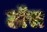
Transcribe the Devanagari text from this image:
ठॉस